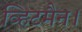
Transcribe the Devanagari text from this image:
व्हिटमैन।